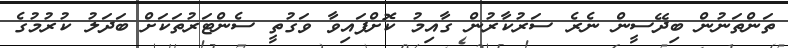
ތަންތަނުން ބިދޭސީން ނެރެ ސަރުކާރުން ގާއިމު ކޮށްފައިވާ ވަގުތީ ސެންޓަރުތަކަށް ބަދަލު ކުރުމުގެ